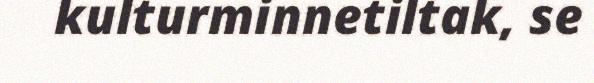
kulturminnetiltak, se